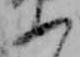
ふ